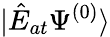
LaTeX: |\hat{E}_{at}\Psi^{(0)}\rangle